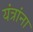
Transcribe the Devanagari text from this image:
यंत्रांना